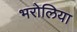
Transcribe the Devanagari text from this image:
भरोलिया